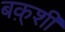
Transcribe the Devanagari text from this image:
बक़्शी